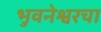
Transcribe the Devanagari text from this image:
भुवनेश्वरचा